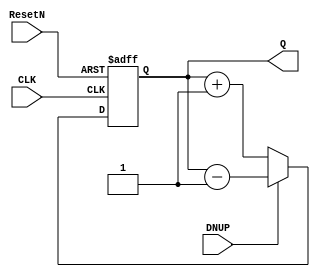
module updownCounter(ResetN, DNUP, CLK, Q);
input ResetN, DNUP, CLK;
output reg [3:0] Q;

always@(negedge ResetN or posedge CLK) begin
	if(ResetN == 0) begin
	Q <= 4'b0;
	end
	else begin
    if(DNUP == 0) begin
        Q <= Q + 1'b1;
    end
    else begin
        Q <= Q- 1'b1;
    end
	end
end

endmodule